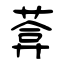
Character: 葊